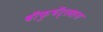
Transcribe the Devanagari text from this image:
बॉफुथॅट्स्वाना